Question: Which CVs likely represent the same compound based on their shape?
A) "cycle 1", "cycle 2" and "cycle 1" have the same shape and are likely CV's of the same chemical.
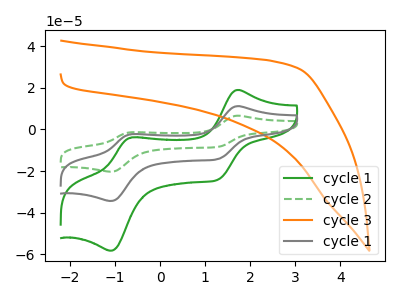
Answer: <think>The green curve "cycle 1" has anodic peaks at (1.70V, 18.95uA) (-0.65V, -3.80uA) and cathodic peaks at (1.30V, -24.10uA) (-1.10V, -58.25uA). The green dashed curve "cycle 2" has anodic peaks at (1.70V, 22.40uA) (-0.65V, -4.50uA) and cathodic peaks at (1.30V, -28.45uA) (-1.10V, -68.75uA). The orange curve "cycle 3" has no peaks. The gray curve "cycle 1" has anodic peaks at (1.70V, 11.20uA) (-0.65V, -2.25uA) and cathodic peaks at (1.30V, -14.25uA) (-1.10V, -34.35uA).
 All the peaks in "cycle 1" have a peak in "cycle 2" at the same potential. "cycle 1" and "cycle 3" have a different number of peaks. All the peaks in "cycle 1" have a peak in "cycle 1" at the same potential. "cycle 2" and "cycle 3" have a different number of peaks. All the peaks in "cycle 2" have a peak in "cycle 1" at the same potential. "cycle 3" and "cycle 1" have a different number of peaks.</think>
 <answer>A) "cycle 1", "cycle 2" and "cycle 1" have the same shape and are likely CV's of the same chemical.</answer>
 <eval>A</eval>